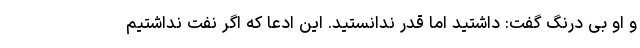
و او بی درنگ گفت: داشتید اما قدر ندانستید. این ادعا که اگر نفت نداشتیم